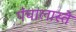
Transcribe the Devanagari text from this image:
पंचालास्ते